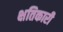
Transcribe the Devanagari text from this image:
क्षतिकारी